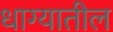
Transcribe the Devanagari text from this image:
धाग्यातील